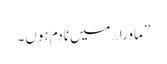
’’ماورا…میں نادم ہوں۔